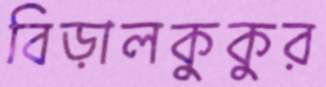
বিড়ালকুকুর